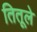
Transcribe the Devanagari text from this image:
तितूले